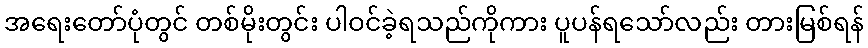
အရေးတော်ပုံတွင် တစ်မိုးတွင်း ပါဝင်ခဲ့ရသည်ကိုကား ပူပန်ရသော်လည်း တားမြစ်ရန်